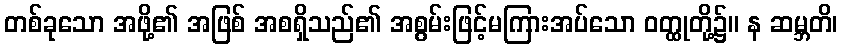
တစ်ခုသော အဖို့၏ အဖြစ် အစရှိသည်၏ အစွမ်းဖြင့်မကြားအပ်သော ဝတ္ထုတို့၌။ န ဆမ္ဘတိ၊